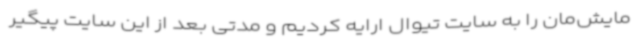
مایش‌مان را به سایت تیوال ارایه کردیم و مدتی بعد از این سایت پیگیر